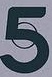
5